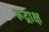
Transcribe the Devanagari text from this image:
रूद्राक्ष